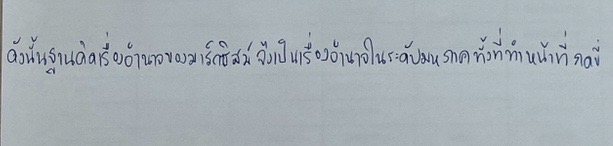
ดังนั้นฐานคิดเรื่องอำนาจของมาร์กซิสม์จึงเป็นเรื่องอำนาจในระดับมหภาคทั้งที่ทำหน้าที่กดขี่